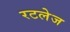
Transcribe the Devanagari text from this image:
रटलेज